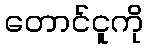
တောင်ငူကို